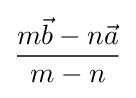
{\frac {m{\vec {b}}-n{\vec {a}}}{m-n}}